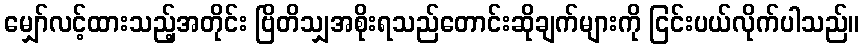
မျှော်လင့်ထားသည့်အတိုင်း ဗြိတိသျှအစိုးရသည်တောင်းဆိုချက်များကို ငြင်းပယ်လိုက်ပါသည်။